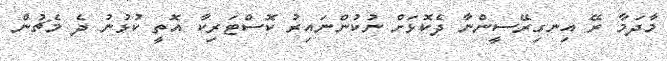
މާދަމާ ރޭ އިނގިރޭސީންނާ ދެކޮޅަށް ނުކުންނައިރު ކޮސްޓަރިކާ އޮތީ ކުޅުނު ދެ މެޗުން